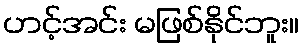
ဟင့်အင်း မဖြစ်နိုင်ဘူး။